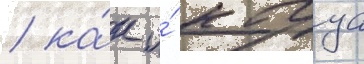
/ ка́к и́ кагуа